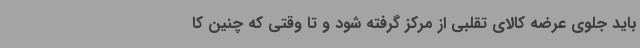
باید جلوی عرضه کالای تقلبی از مرکز گرفته شود و تا وقتی که چنین کا